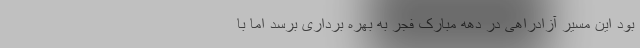
بود این مسیر آزادراهی در دهه مبارک فجر به بهره برداری برسد اما با